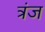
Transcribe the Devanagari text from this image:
त्रंज